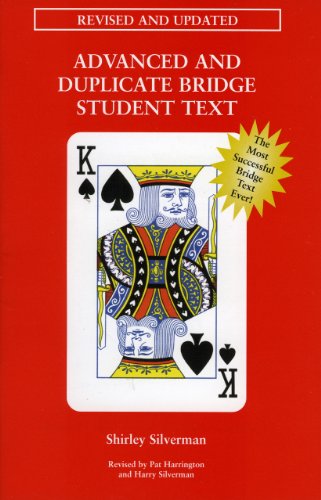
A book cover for Advanced & Duplicate Bridge Student Text; Shirley Silverman; Humor & Entertainment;